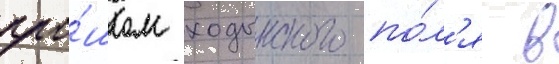
про́шлом ходынского по́л'я в